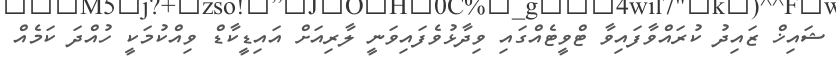
ޝައިޚް ޒައިދު ކުރައްވާފައިވާ ޓްވީޓެއްގައި ވިދާޅުވެފައިވަނީ ލާރިއަށް އައިޑީކާޑް ވިއްކުމަކީ ހުއްދަ ކަމެއް